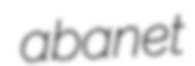
abanet